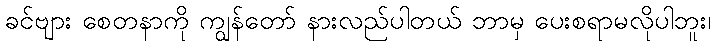
ခင်ဗျား စေတနာကို ကျွန်တော် နားလည်ပါတယ် ဘာမှ ပေးစရာမလိုပါဘူး၊